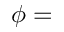
\phi =